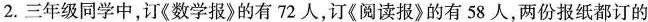
2.三年级同学中，订《数学报》的有72人，订《阅读报》的有58人，两份报纸都订的